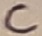
Text: C